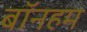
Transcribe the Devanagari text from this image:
बॉनहम